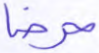
حرضا